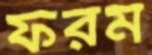
ফরম